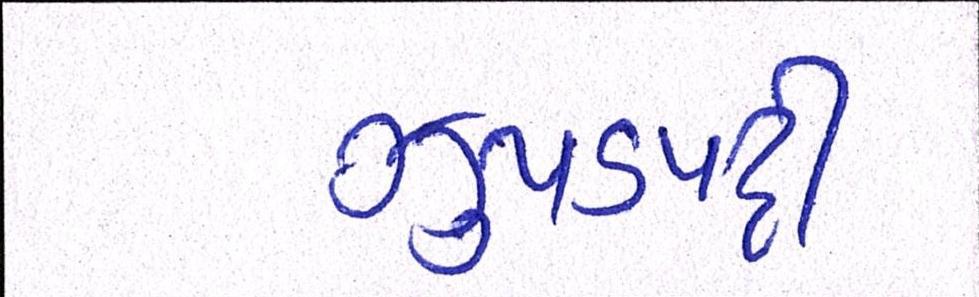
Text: ઝુપડપટ્ટી